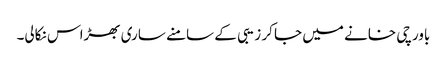
باورچی خانے میں جا کر زیبی کے سامنے ساری بھڑاس نکالی۔